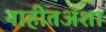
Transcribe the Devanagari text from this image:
नाहीतअशा